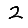
Digit: 2